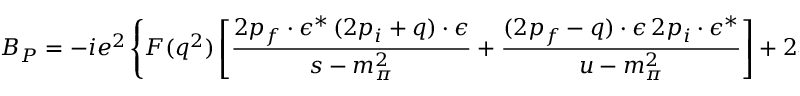
{ \cal B } _ { P } = - i e ^ { 2 } \left\{ F ( q ^ { 2 } ) \left[ \frac { 2 p _ { f } \cdot \epsilon ^ { \ast } \, ( 2 p _ { i } + q ) \cdot \epsilon } { s - m _ { \pi } ^ { 2 } } + \frac { ( 2 p _ { f } - q ) \cdot \epsilon \, 2 p _ { i } \cdot \epsilon ^ { \ast } } { u - m _ { \pi } ^ { 2 } } \right] + 2 q \cdot \epsilon \, q \cdot \epsilon ^ { \ast } \frac { 1 - F ( q ^ { 2 } ) } { q ^ { 2 } } \right\} ,